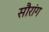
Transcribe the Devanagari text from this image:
सौरांग